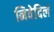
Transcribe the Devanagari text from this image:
निवेदिलं